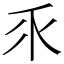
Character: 乑